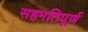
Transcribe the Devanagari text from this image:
सहमतिपूर्ण